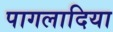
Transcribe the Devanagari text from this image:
पागलादिया